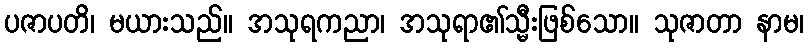
ပဇာပတိ၊ မယားသည်။ အသုရကညာ၊ အသုရာ၏သ္မီးဖြစ်သော။ သုဇာတာ နာမ၊